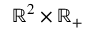
\mathbb { R } ^ { 2 } \times \mathbb { R } _ { + }